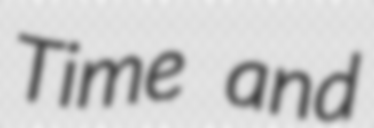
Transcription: Time and